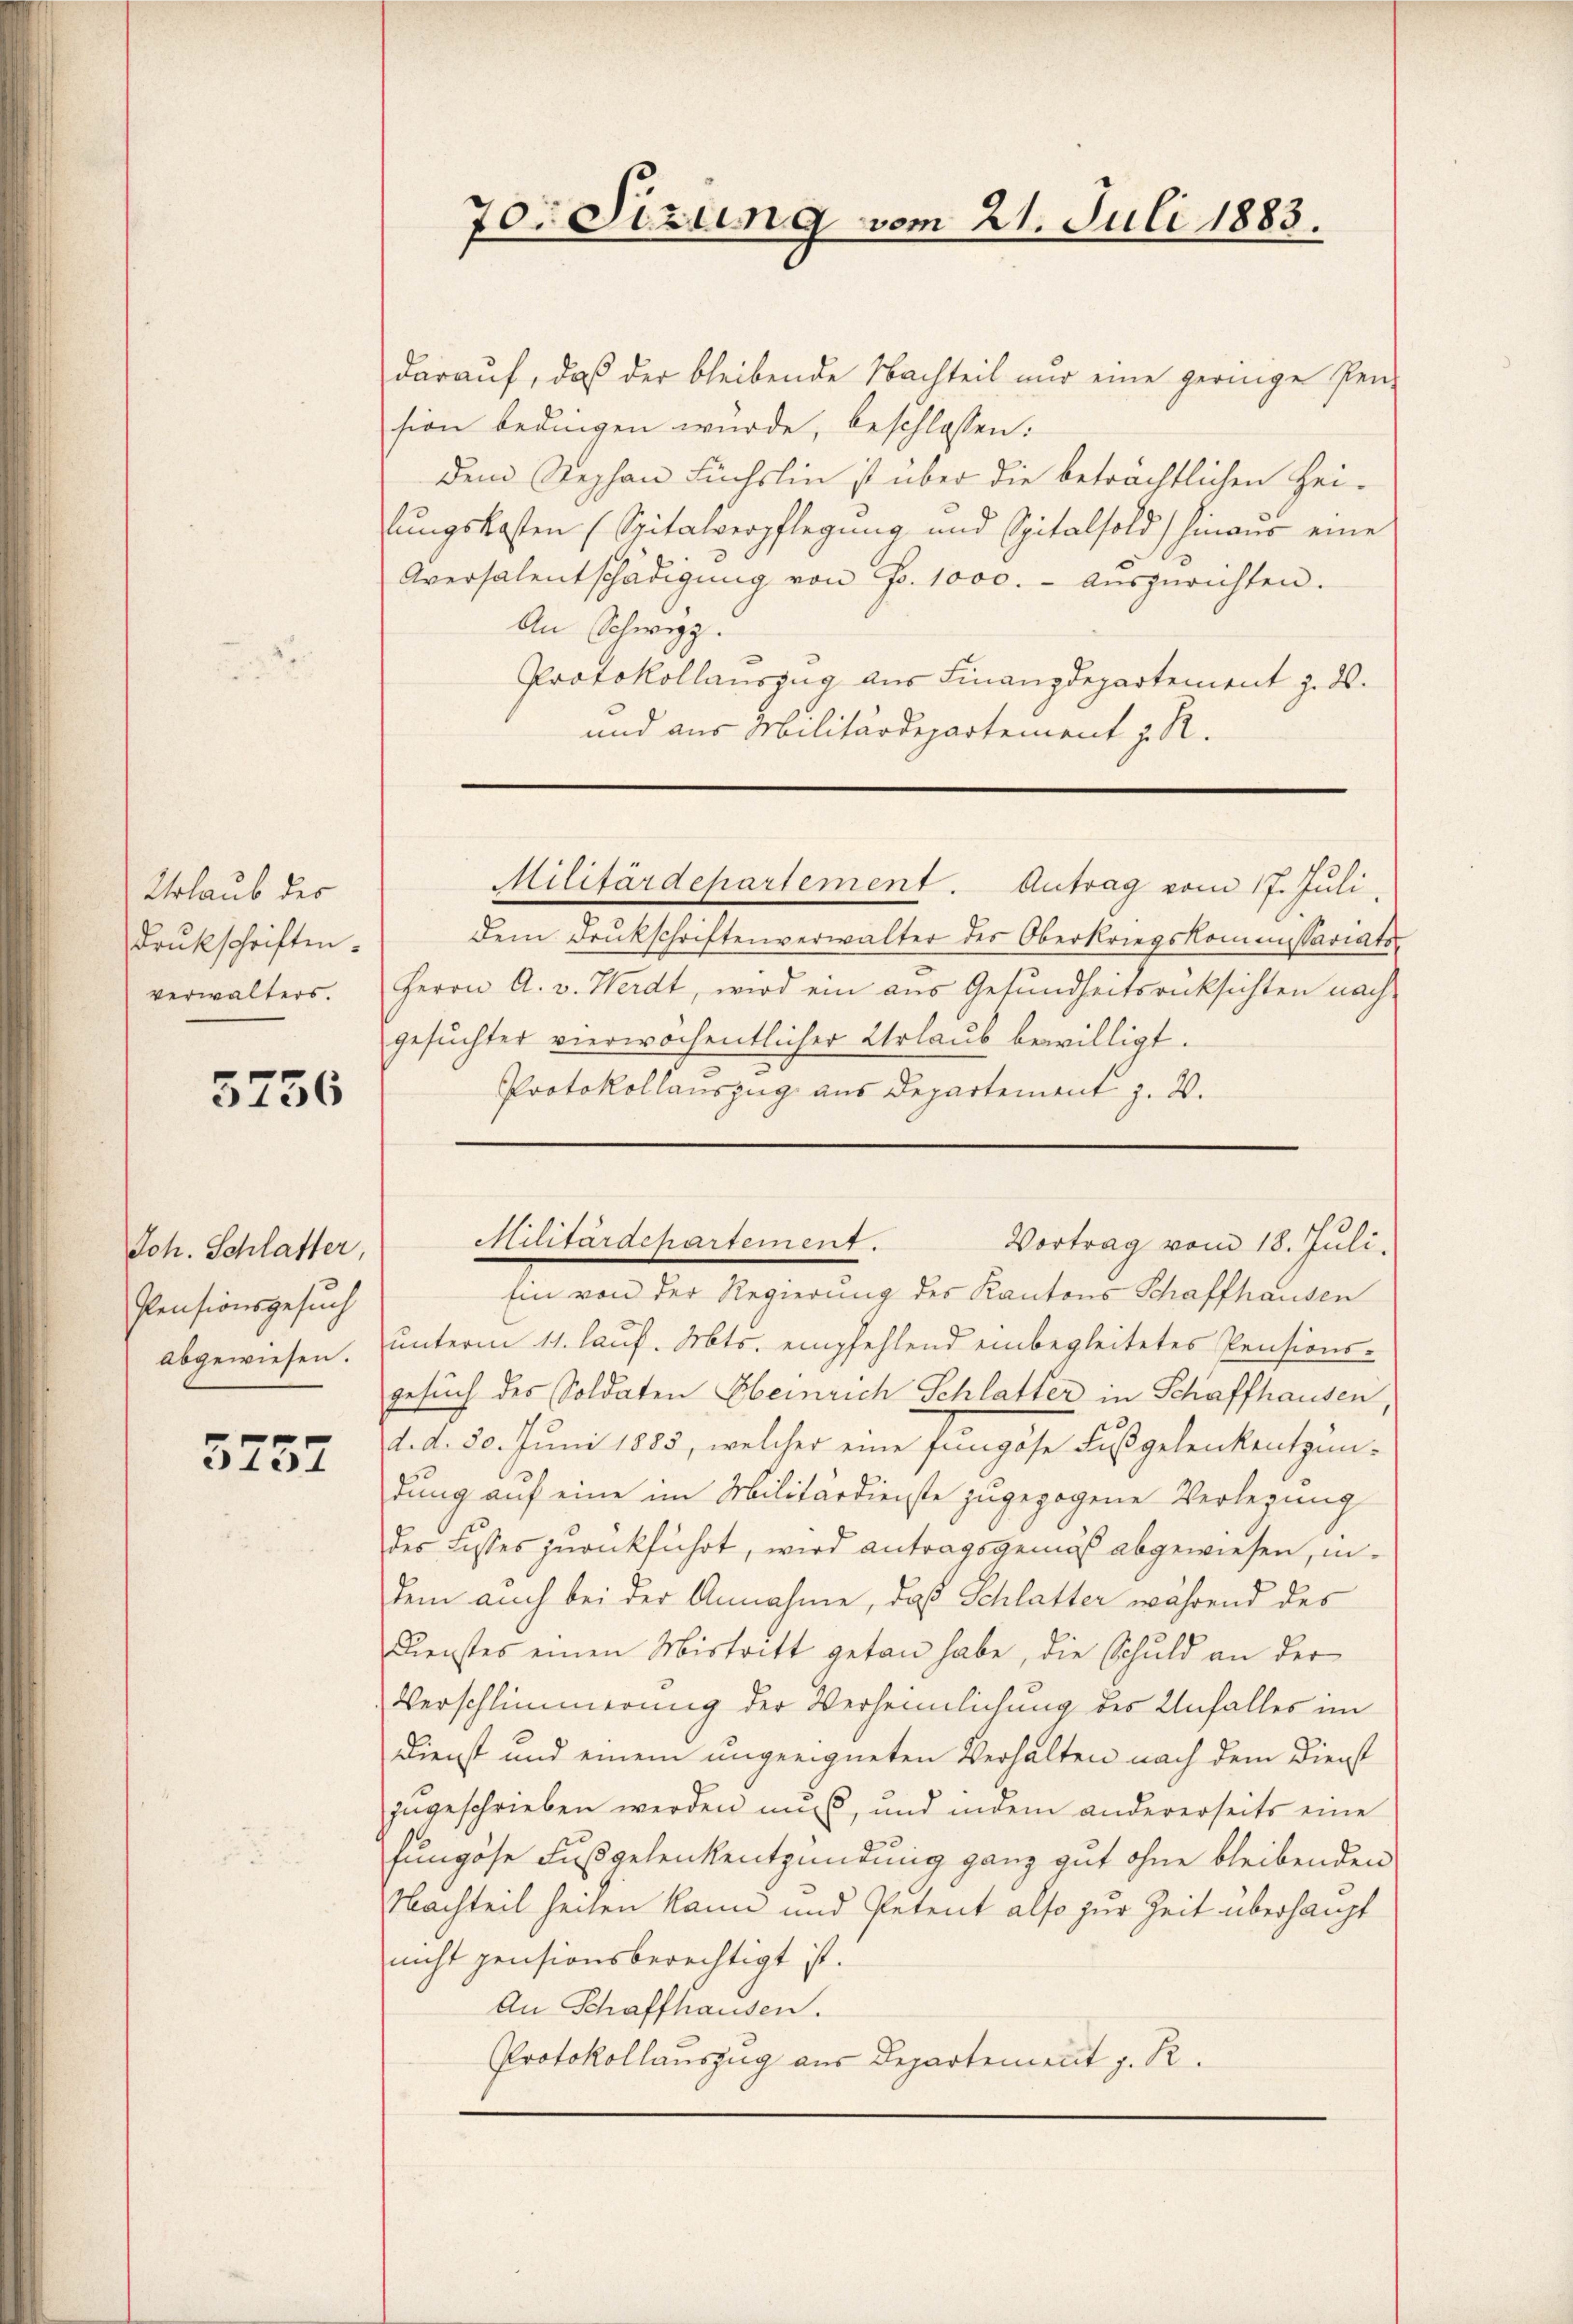
Urlaub des
Drukschriften.

5756

Joh. Schlatter,
Pensionsgesuch
abgewiesen.

5737

darauf, daß der bleibende Nachteil nur eine geringe Pen-
sion bedingen würde, beschlossen:
dem Stephan Fuchslin ist über die beträchtlichen Hei-
lungskosten (Spitalverpflegung und Spitalsold) hinaus eine
Aversalentschädigŭng von Fr. 1000.- aŭszŭrichten.
An Schwyz.
Protokollauszug aus Finanzdepartement z. ds.
und aus Militärdepartement z. R.

70. Sizung vom 21. Juli 1883.

Dem Drukschriftenverwalter des Oberkriegskommissariats-
verwalters. Herrn A. v. Werdt, wird ein aus Gesundheitsrücksichten nach
gesuchter vierwöchentlicher Urlaub bewilligt.
Protokollauszug aus Departement z. B.

Militärdepartement. Antrag vom 17. Juli

Militärdepartement.
Vortrag vom 18. Juli.

Ein von der Regierung des Kantons Schaffhausen
unterm 11. lauf. Mts. empfehlend einbegleitetes Pensions-
gesuch des Soldaten Ebeinrich Schlatter in Schaffhausen,
d. d. 20. Juni 1885, welcher eine fungöse Fußgelenkentzün-
dung auf eine im Militärdienste zugezogene Verlegung
des Lisses zurückführt, wird antragsgemäß abgewiesen, indem auch bei der Annahme, daß Schlatter während des
Dienstes einen Mistritt getan habe, die Schuld an der
Verschlimmerung der Verheimlichung des Unfalles im
Dienst und einem ungeeigneten Verhalten nach dem Dienst
zugeschrieben werden muß, und indem andererseits eine
fungsse Fußgelenkentzündung ganz gut ohne bleibenden
Nachteil heilen kann und Petent also zur Zeit überhaupt
nicht pensionsberechtigt ist.
An Schaffhausen.
Protokollauszug aus Departement J. R.